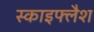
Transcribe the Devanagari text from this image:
स्काइफ्लैश